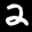
Label: 2